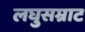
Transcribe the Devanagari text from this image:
लघुसम्राट